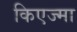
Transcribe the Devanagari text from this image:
किएज्मा